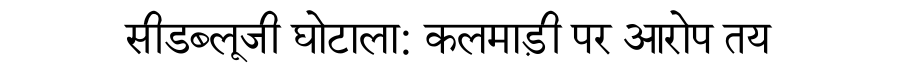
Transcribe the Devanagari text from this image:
सीडब्लूजी घोटाला: कलमाड़ी पर आरोप तय